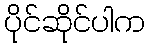
ပိုင်ဆိုင်ပါက